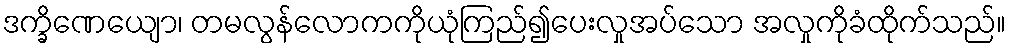
ဒက္ခိဏေယျော၊ တမလွန်လောကကိုယုံကြည်၍ပေးလှုအပ်သော အလှုကိုခံထိုက်သည်။